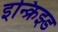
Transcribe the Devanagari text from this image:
इन्क्रिझ्ड